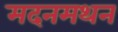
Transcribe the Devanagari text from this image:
मदनमथन